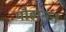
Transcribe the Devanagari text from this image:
यौहानन